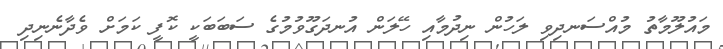
މައުލޫމާތު މުއްސަނދިވި ލަހުން ނިދުމާއި ހޭލަން އުނދަގޫވުމުގެ ސަބަބަކީ ކޮފީ ކަމަށް ވެދާނެނިދި